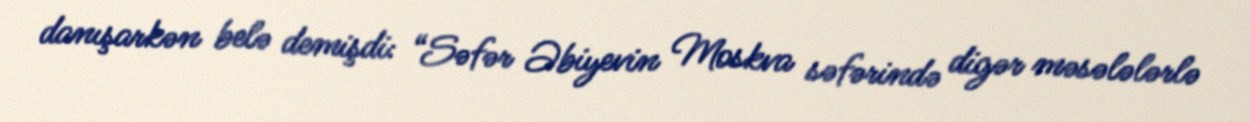
danışarkən belə demişdi: “Səfər Əbiyevin Moskva səfərində digər məsələlərlə